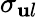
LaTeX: \sigma_{\mathbf{u}l}